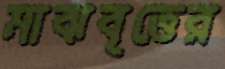
মাঝবৃত্তের